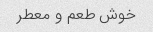
خوش طعم و معطر